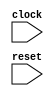
module MultiClockMemTest(
  input   clock,
  input   reset
);
`ifdef RANDOMIZE_MEM_INIT
  reg [31:0] _RAND_0;
`endif // RANDOMIZE_MEM_INIT
`ifdef RANDOMIZE_REG_INIT
  reg [31:0] _RAND_1;
  reg [31:0] _RAND_2;
  reg [31:0] _RAND_3;
`endif // RANDOMIZE_REG_INIT
  reg [31:0] mem [0:7]; // @[MultiClockSpec.scala 78:16]
  wire  mem_rdata_en; // @[MultiClockSpec.scala 78:16]
  wire [2:0] mem_rdata_addr; // @[MultiClockSpec.scala 78:16]
  wire [31:0] mem_rdata_data; // @[MultiClockSpec.scala 78:16]
  wire [31:0] mem__T_24_data; // @[MultiClockSpec.scala 78:16]
  wire [2:0] mem__T_24_addr; // @[MultiClockSpec.scala 78:16]
  wire  mem__T_24_mask; // @[MultiClockSpec.scala 78:16]
  wire  mem__T_24_en; // @[MultiClockSpec.scala 78:16]
  wire [31:0] mem__T_45_data; // @[MultiClockSpec.scala 78:16]
  wire [2:0] mem__T_45_addr; // @[MultiClockSpec.scala 78:16]
  wire  mem__T_45_mask; // @[MultiClockSpec.scala 78:16]
  wire  mem__T_45_en; // @[MultiClockSpec.scala 78:16]
  reg  cDiv; // @[MultiClockSpec.scala 74:21]
  reg [4:0] value; // @[Counter.scala 17:33]
  wire  done = value == 5'h13; // @[Counter.scala 25:24]
  wire [4:0] _T_15 = value + 5'h1; // @[Counter.scala 26:22]
  reg [2:0] waddr; // @[MultiClockSpec.scala 83:22]
  wire [2:0] _T_21 = waddr + 3'h1; // @[MultiClockSpec.scala 84:18]
  wire [2:0] raddr = waddr - 3'h1; // @[MultiClockSpec.scala 89:21]
  wire  _T_33 = value > 5'h0 & value < 5'h9; // @[MultiClockSpec.scala 93:21]
  wire  _T_39 = ~(mem_rdata_data == 32'h7b | reset); // @[MultiClockSpec.scala 94:11]
  wire  _T_41 = value >= 5'h8; // @[MultiClockSpec.scala 99:17]
  wire  _T_43 = value < 5'h10; // @[MultiClockSpec.scala 99:33]
  wire  _T_51 = value > 5'h8 & value < 5'h11; // @[MultiClockSpec.scala 105:21]
  wire [2:0] _GEN_0 = raddr % 3'h2; // @[MultiClockSpec.scala 106:17]
  wire [1:0] _T_53 = _GEN_0[1:0]; // @[MultiClockSpec.scala 106:17]
  wire  _T_55 = _T_53 == 2'h0; // @[MultiClockSpec.scala 106:23]
  wire  _GEN_1 = cDiv;
  assign mem_rdata_en = 1'h1;
  assign mem_rdata_addr = waddr - 3'h1;
  assign mem_rdata_data = mem[mem_rdata_addr]; // @[MultiClockSpec.scala 78:16]
  assign mem__T_24_data = 32'h7b;
  assign mem__T_24_addr = waddr;
  assign mem__T_24_mask = 1'h1;
  assign mem__T_24_en = value < 5'h8;
  assign mem__T_45_data = 32'h1c8;
  assign mem__T_45_addr = waddr;
  assign mem__T_45_mask = 1'h1;
  assign mem__T_45_en = _T_41 & _T_43;
  always @(posedge clock) begin
    if (mem__T_24_en & mem__T_24_mask) begin
      mem[mem__T_24_addr] <= mem__T_24_data; // @[MultiClockSpec.scala 78:16]
    end
    cDiv <= reset | ~cDiv; // @[MultiClockSpec.scala 74:21 MultiClockSpec.scala 74:21 MultiClockSpec.scala 75:8]
    if (reset) begin // @[Counter.scala 17:33]
      value <= 5'h0; // @[Counter.scala 17:33]
    end else if (done) begin // @[Counter.scala 28:21]
      value <= 5'h0; // @[Counter.scala 28:29]
    end else begin
      value <= _T_15; // @[Counter.scala 26:13]
    end
    if (reset) begin // @[MultiClockSpec.scala 83:22]
      waddr <= 3'h0; // @[MultiClockSpec.scala 83:22]
    end else begin
      waddr <= _T_21; // @[MultiClockSpec.scala 84:9]
    end
    `ifndef SYNTHESIS
    `ifdef PRINTF_COND
      if (`PRINTF_COND) begin
    `endif
        if (_T_33 & ~(mem_rdata_data == 32'h7b | reset)) begin
          $fwrite(32'h80000002,"Assertion failed\n    at MultiClockSpec.scala:94 assert(rdata === 123.U)\n"); // @[MultiClockSpec.scala 94:11]
        end
    `ifdef PRINTF_COND
      end
    `endif
    `endif // SYNTHESIS
    `ifndef SYNTHESIS
    `ifdef STOP_COND
      if (`STOP_COND) begin
    `endif
        if (_T_33 & ~(mem_rdata_data == 32'h7b | reset)) begin
          $fatal; // @[MultiClockSpec.scala 94:11]
        end
    `ifdef STOP_COND
      end
    `endif
    `endif // SYNTHESIS
    `ifndef SYNTHESIS
    `ifdef PRINTF_COND
      if (`PRINTF_COND) begin
    `endif
        if (_T_51 & _T_55 & ~(mem_rdata_data == 32'h1c8 | reset)) begin
          $fwrite(32'h80000002,"Assertion failed\n    at MultiClockSpec.scala:107 assert(rdata === 456.U)\n"); // @[MultiClockSpec.scala 107:13]
        end
    `ifdef PRINTF_COND
      end
    `endif
    `endif // SYNTHESIS
    `ifndef SYNTHESIS
    `ifdef STOP_COND
      if (`STOP_COND) begin
    `endif
        if (_T_51 & _T_55 & ~(mem_rdata_data == 32'h1c8 | reset)) begin
          $fatal; // @[MultiClockSpec.scala 107:13]
        end
    `ifdef STOP_COND
      end
    `endif
    `endif // SYNTHESIS
    `ifndef SYNTHESIS
    `ifdef PRINTF_COND
      if (`PRINTF_COND) begin
    `endif
        if (_T_51 & ~_T_55 & _T_39) begin
          $fwrite(32'h80000002,"Assertion failed\n    at MultiClockSpec.scala:109 assert(rdata === 123.U)\n"); // @[MultiClockSpec.scala 109:13]
        end
    `ifdef PRINTF_COND
      end
    `endif
    `endif // SYNTHESIS
    `ifndef SYNTHESIS
    `ifdef STOP_COND
      if (`STOP_COND) begin
    `endif
        if (_T_51 & ~_T_55 & _T_39) begin
          $fatal; // @[MultiClockSpec.scala 109:13]
        end
    `ifdef STOP_COND
      end
    `endif
    `endif // SYNTHESIS
    `ifndef SYNTHESIS
    `ifdef STOP_COND
      if (`STOP_COND) begin
    `endif
        if (done & ~reset) begin
          $finish; // @[MultiClockSpec.scala 113:21]
        end
    `ifdef STOP_COND
      end
    `endif
    `endif // SYNTHESIS
  end
  always @(posedge _GEN_1) begin
    if (mem__T_45_en & mem__T_45_mask) begin
      mem[mem__T_45_addr] <= mem__T_45_data; // @[MultiClockSpec.scala 78:16]
    end
  end
// Register and memory initialization
`ifdef RANDOMIZE_GARBAGE_ASSIGN
`define RANDOMIZE
`endif
`ifdef RANDOMIZE_INVALID_ASSIGN
`define RANDOMIZE
`endif
`ifdef RANDOMIZE_REG_INIT
`define RANDOMIZE
`endif
`ifdef RANDOMIZE_MEM_INIT
`define RANDOMIZE
`endif
`ifndef RANDOM
`define RANDOM $random
`endif
`ifdef RANDOMIZE_MEM_INIT
  integer initvar;
`endif
`ifndef SYNTHESIS
`ifdef FIRRTL_BEFORE_INITIAL
`FIRRTL_BEFORE_INITIAL
`endif
initial begin
  `ifdef RANDOMIZE
    `ifdef INIT_RANDOM
      `INIT_RANDOM
    `endif
    `ifndef VERILATOR
      `ifdef RANDOMIZE_DELAY
        #`RANDOMIZE_DELAY begin end
      `else
        #0.002 begin end
      `endif
    `endif
`ifdef RANDOMIZE_MEM_INIT
  _RAND_0 = {1{`RANDOM}};
  for (initvar = 0; initvar < 8; initvar = initvar+1)
    mem[initvar] = _RAND_0[31:0];
`endif // RANDOMIZE_MEM_INIT
`ifdef RANDOMIZE_REG_INIT
  _RAND_1 = {1{`RANDOM}};
  cDiv = _RAND_1[0:0];
  _RAND_2 = {1{`RANDOM}};
  value = _RAND_2[4:0];
  _RAND_3 = {1{`RANDOM}};
  waddr = _RAND_3[2:0];
`endif // RANDOMIZE_REG_INIT
  `endif // RANDOMIZE
end // initial
`ifdef FIRRTL_AFTER_INITIAL
`FIRRTL_AFTER_INITIAL
`endif
`endif // SYNTHESIS
endmodule